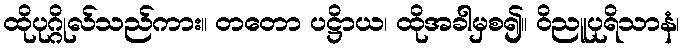
ထိုပုဂ္ဂိုလ်သည်ကား။ တတော ပဋ္ဌိာယ၊ ထိုအခါမှစ၍။ ဝိညူပုရိသာနံ၊